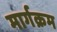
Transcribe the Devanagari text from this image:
मार्गक्रम